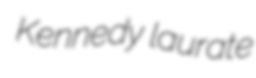
Kennedy laurate